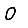
Digit: 0